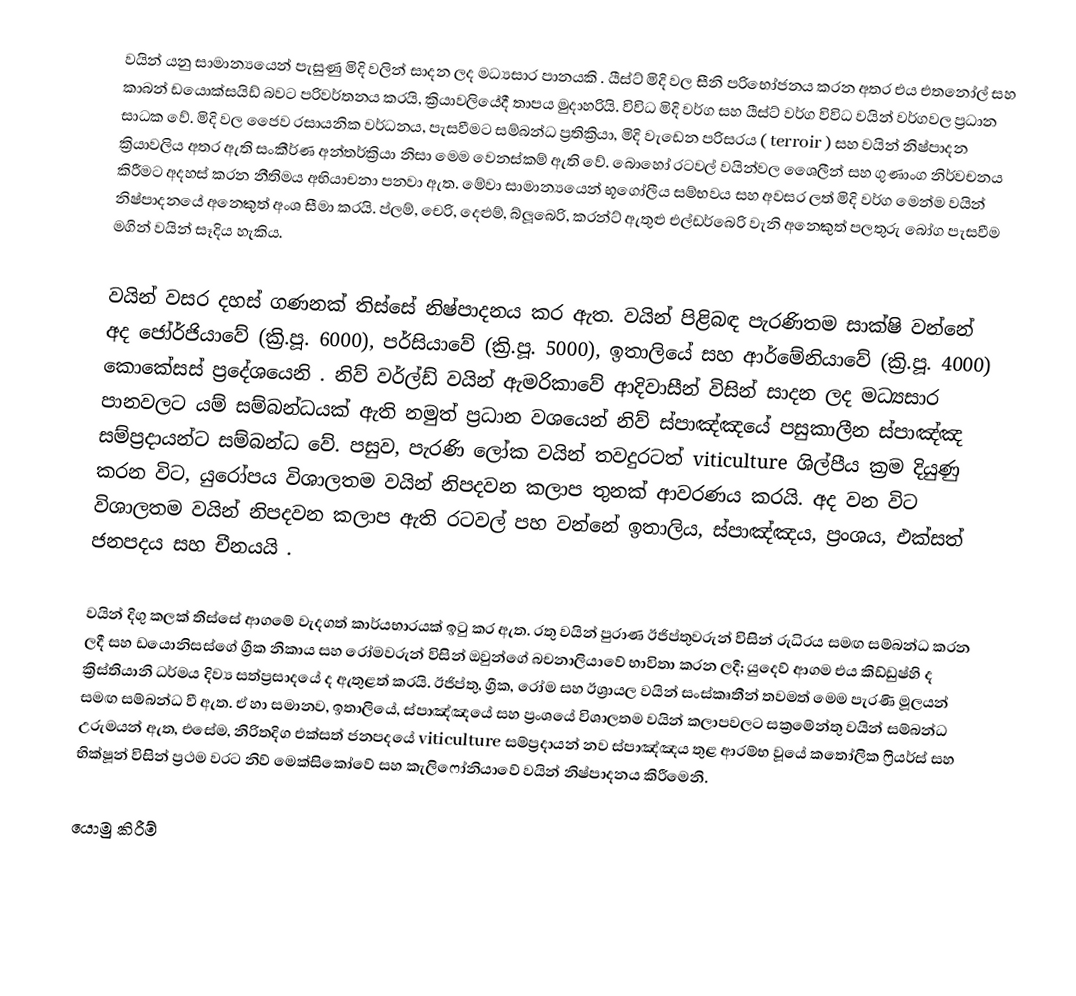
වයින් යනු සාමාන්‍යයෙන් පැසුණු මිදි වලින් සාදන ලද මධ්‍යසාර පානයකි . යීස්ට් මිදි වල සීනි පරිභෝජනය කරන අතර එය එතනෝල් සහ කාබන් ඩයොක්සයිඩ් බවට පරිවර්තනය කරයි, ක්‍රියාවලියේදී තාපය මුදාහරියි. විවිධ මිදි වර්ග සහ යීස්ට් වර්ග විවිධ වයින් වර්ගවල ප්‍රධාන සාධක වේ. මිදි වල ජෛව රසායනික වර්ධනය, පැසවීමට සම්බන්ධ ප්‍රතික්‍රියා, මිදි වැඩෙන පරිසරය ( terroir ) සහ වයින් නිෂ්පාදන ක්‍රියාවලිය අතර ඇති සංකීර්ණ අන්තර්ක්‍රියා නිසා මෙම වෙනස්කම් ඇති වේ. බොහෝ රටවල් වයින්වල ශෛලීන් සහ ගුණාංග නිර්වචනය කිරීමට අදහස් කරන නීතිමය අභියාචනා පනවා ඇත. මේවා සාමාන්‍යයෙන් භූගෝලීය සම්භවය සහ අවසර ලත් මිදි වර්ග මෙන්ම වයින් නිෂ්පාදනයේ අනෙකුත් අංශ සීමා කරයි. ප්ලම්, චෙරි, දෙළුම්, බ්ලූබෙරි, කරන්ට් ඇතුළු එල්ඩර්බෙරි වැනි අනෙකුත් පලතුරු බෝග පැසවීම මගින් වයින් සෑදිය හැකිය.

වයින් වසර දහස් ගණනක් තිස්සේ නිෂ්පාදනය කර ඇත. වයින් පිළිබඳ පැරණිතම සාක්ෂි වන්නේ අද ජෝර්ජියාවේ (ක්‍රි.පූ. 6000), පර්සියාවේ (ක්‍රි.පූ. 5000), ඉතාලියේ සහ ආර්මේනියාවේ (ක්‍රි.පූ. 4000) කොකේසස් ප්‍රදේශයෙනි . නිව් වර්ල්ඩ් වයින් ඇමරිකාවේ ආදිවාසීන් විසින් සාදන ලද මධ්‍යසාර පානවලට යම් සම්බන්ධයක් ඇති නමුත් ප්‍රධාන වශයෙන් නිව් ස්පාඤ්ඤයේ පසුකාලීන ස්පාඤ්ඤ සම්ප්‍රදායන්ට සම්බන්ධ වේ.   පසුව, පැරණි ලෝක වයින් තවදුරටත් viticulture ශිල්පීය ක්‍රම දියුණු කරන විට, යුරෝපය විශාලතම වයින් නිපදවන කලාප තුනක් ආවරණය කරයි. අද වන විට විශාලතම වයින් නිපදවන කලාප ඇති රටවල් පහ වන්නේ ඉතාලිය, ස්පාඤ්ඤය, ප්‍රංශය, එක්සත් ජනපදය සහ චීනයයි .

වයින් දිගු කලක් තිස්සේ ආගමේ වැදගත් කාර්යභාරයක් ඉටු කර ඇත. රතු වයින් පුරාණ ඊජිප්තුවරුන් විසින් රුධිරය සමඟ සම්බන්ධ කරන ලදී  සහ ඩයොනිසස්ගේ ග්‍රීක නිකාය සහ රෝමවරුන් විසින් ඔවුන්ගේ බචනාලියාවේ භාවිතා කරන ලදී; යුදෙව් ආගම එය කිඩ්ඩුෂ්හි ද ක්‍රිස්තියානි ධර්මය දිව්‍ය සත්ප්‍රසාදයේ ද ඇතුළත් කරයි. ඊජිප්තු, ග්‍රීක, රෝම සහ ඊශ්‍රායල වයින් සංස්කෘතීන් තවමත් මෙම පැරණි මූලයන් සමඟ සම්බන්ධ වී ඇත. ඒ හා සමානව, ඉතාලියේ, ස්පාඤ්ඤයේ සහ ප්‍රංශයේ විශාලතම වයින් කලාපවලට සක්‍රමේන්තු වයින් සම්බන්ධ උරුමයන් ඇත, එසේම, නිරිතදිග එක්සත් ජනපදයේ viticulture සම්ප්‍රදායන් නව ස්පාඤ්ඤය තුළ ආරම්භ වූයේ කතෝලික ෆ්‍රියර්ස් සහ භික්ෂූන් විසින් ප්‍රථම වරට නිව් මෙක්සිකෝවේ සහ කැලිෆෝනියාවේ වයින් නිෂ්පාදනය කිරීමෙනි.

යොමු කිරීම්